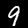
Digit: 9